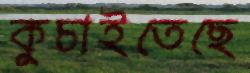
কুচাইতেছে